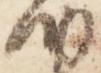
納